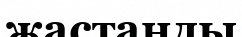
жастанды